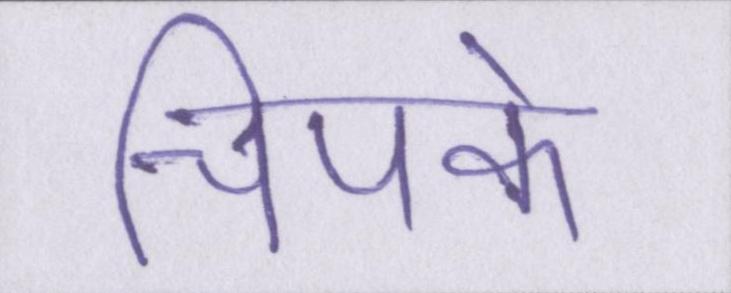
चिपके